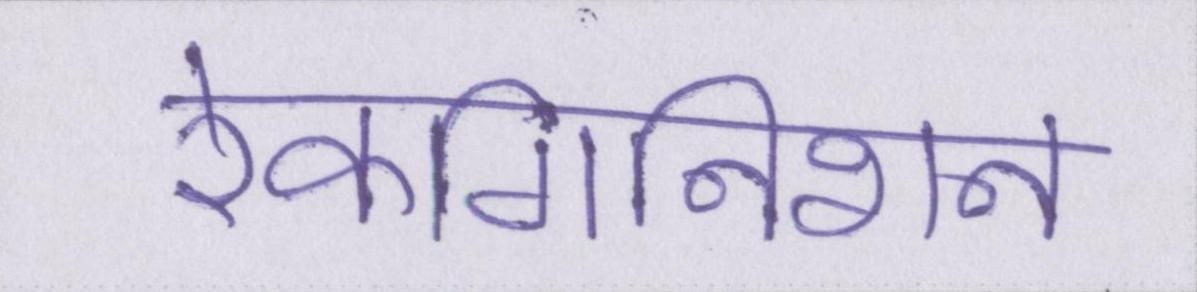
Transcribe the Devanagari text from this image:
रेकगिनिशन